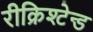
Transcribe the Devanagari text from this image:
रीक्रिश्टेन्ड